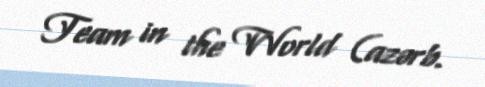
Team in the World (azərb.